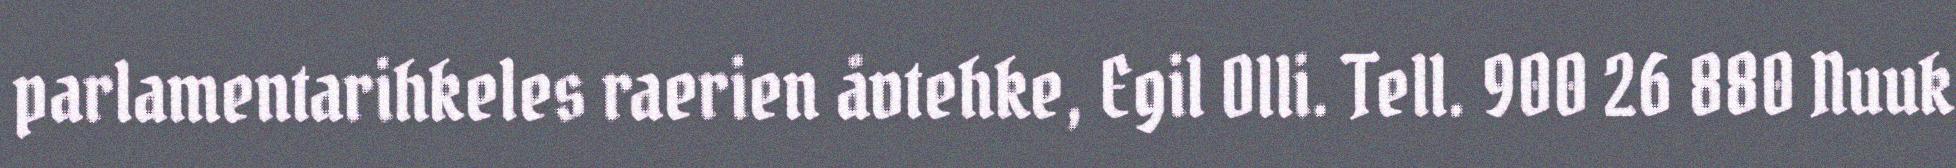
parlamentarihkeles raerien åvtehke, Egil Olli. Tell. 900 26 880 Nuuk